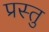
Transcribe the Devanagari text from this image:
प्रस्तु